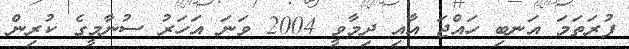
ފުރަތަމަ އަނބި ހައްޖަ އާއި ދިމާވީ 2004 ވަނަ އަހަރު ސުނާމީގެ ކުރިން